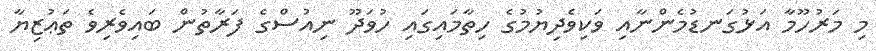
މި މަރުހޫމާ އަޅުގަނޑުމެންނާއި ވަކިވެދިޔުމުގެ ހިތާމައިގައި ހުވަދޫ ނިއުސްގެ ފަރާތުން ބައިވެރިވެ ތަޢުޒިޔާ